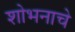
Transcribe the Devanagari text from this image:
शोभनाचे